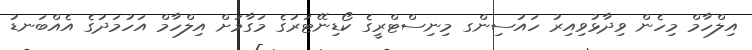
އިލްހާމް މިހެން ވިދާޅުވިއިރު ހައުސިންގ މިނިސްޓްރީގެ ކޯޑިނޭޓަރުގެ މަގާމަށް އިލްހާމް އަހުމަދުގެ އެއްބަނޑު